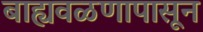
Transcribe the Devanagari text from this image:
बाह्यवळणापासून